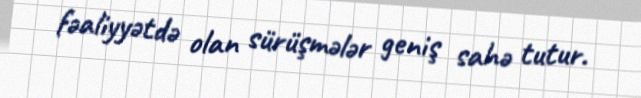
fəaliyyətdə olan sürüşmələr geniş sahə tutur.